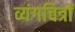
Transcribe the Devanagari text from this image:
व्यंगचित्रों